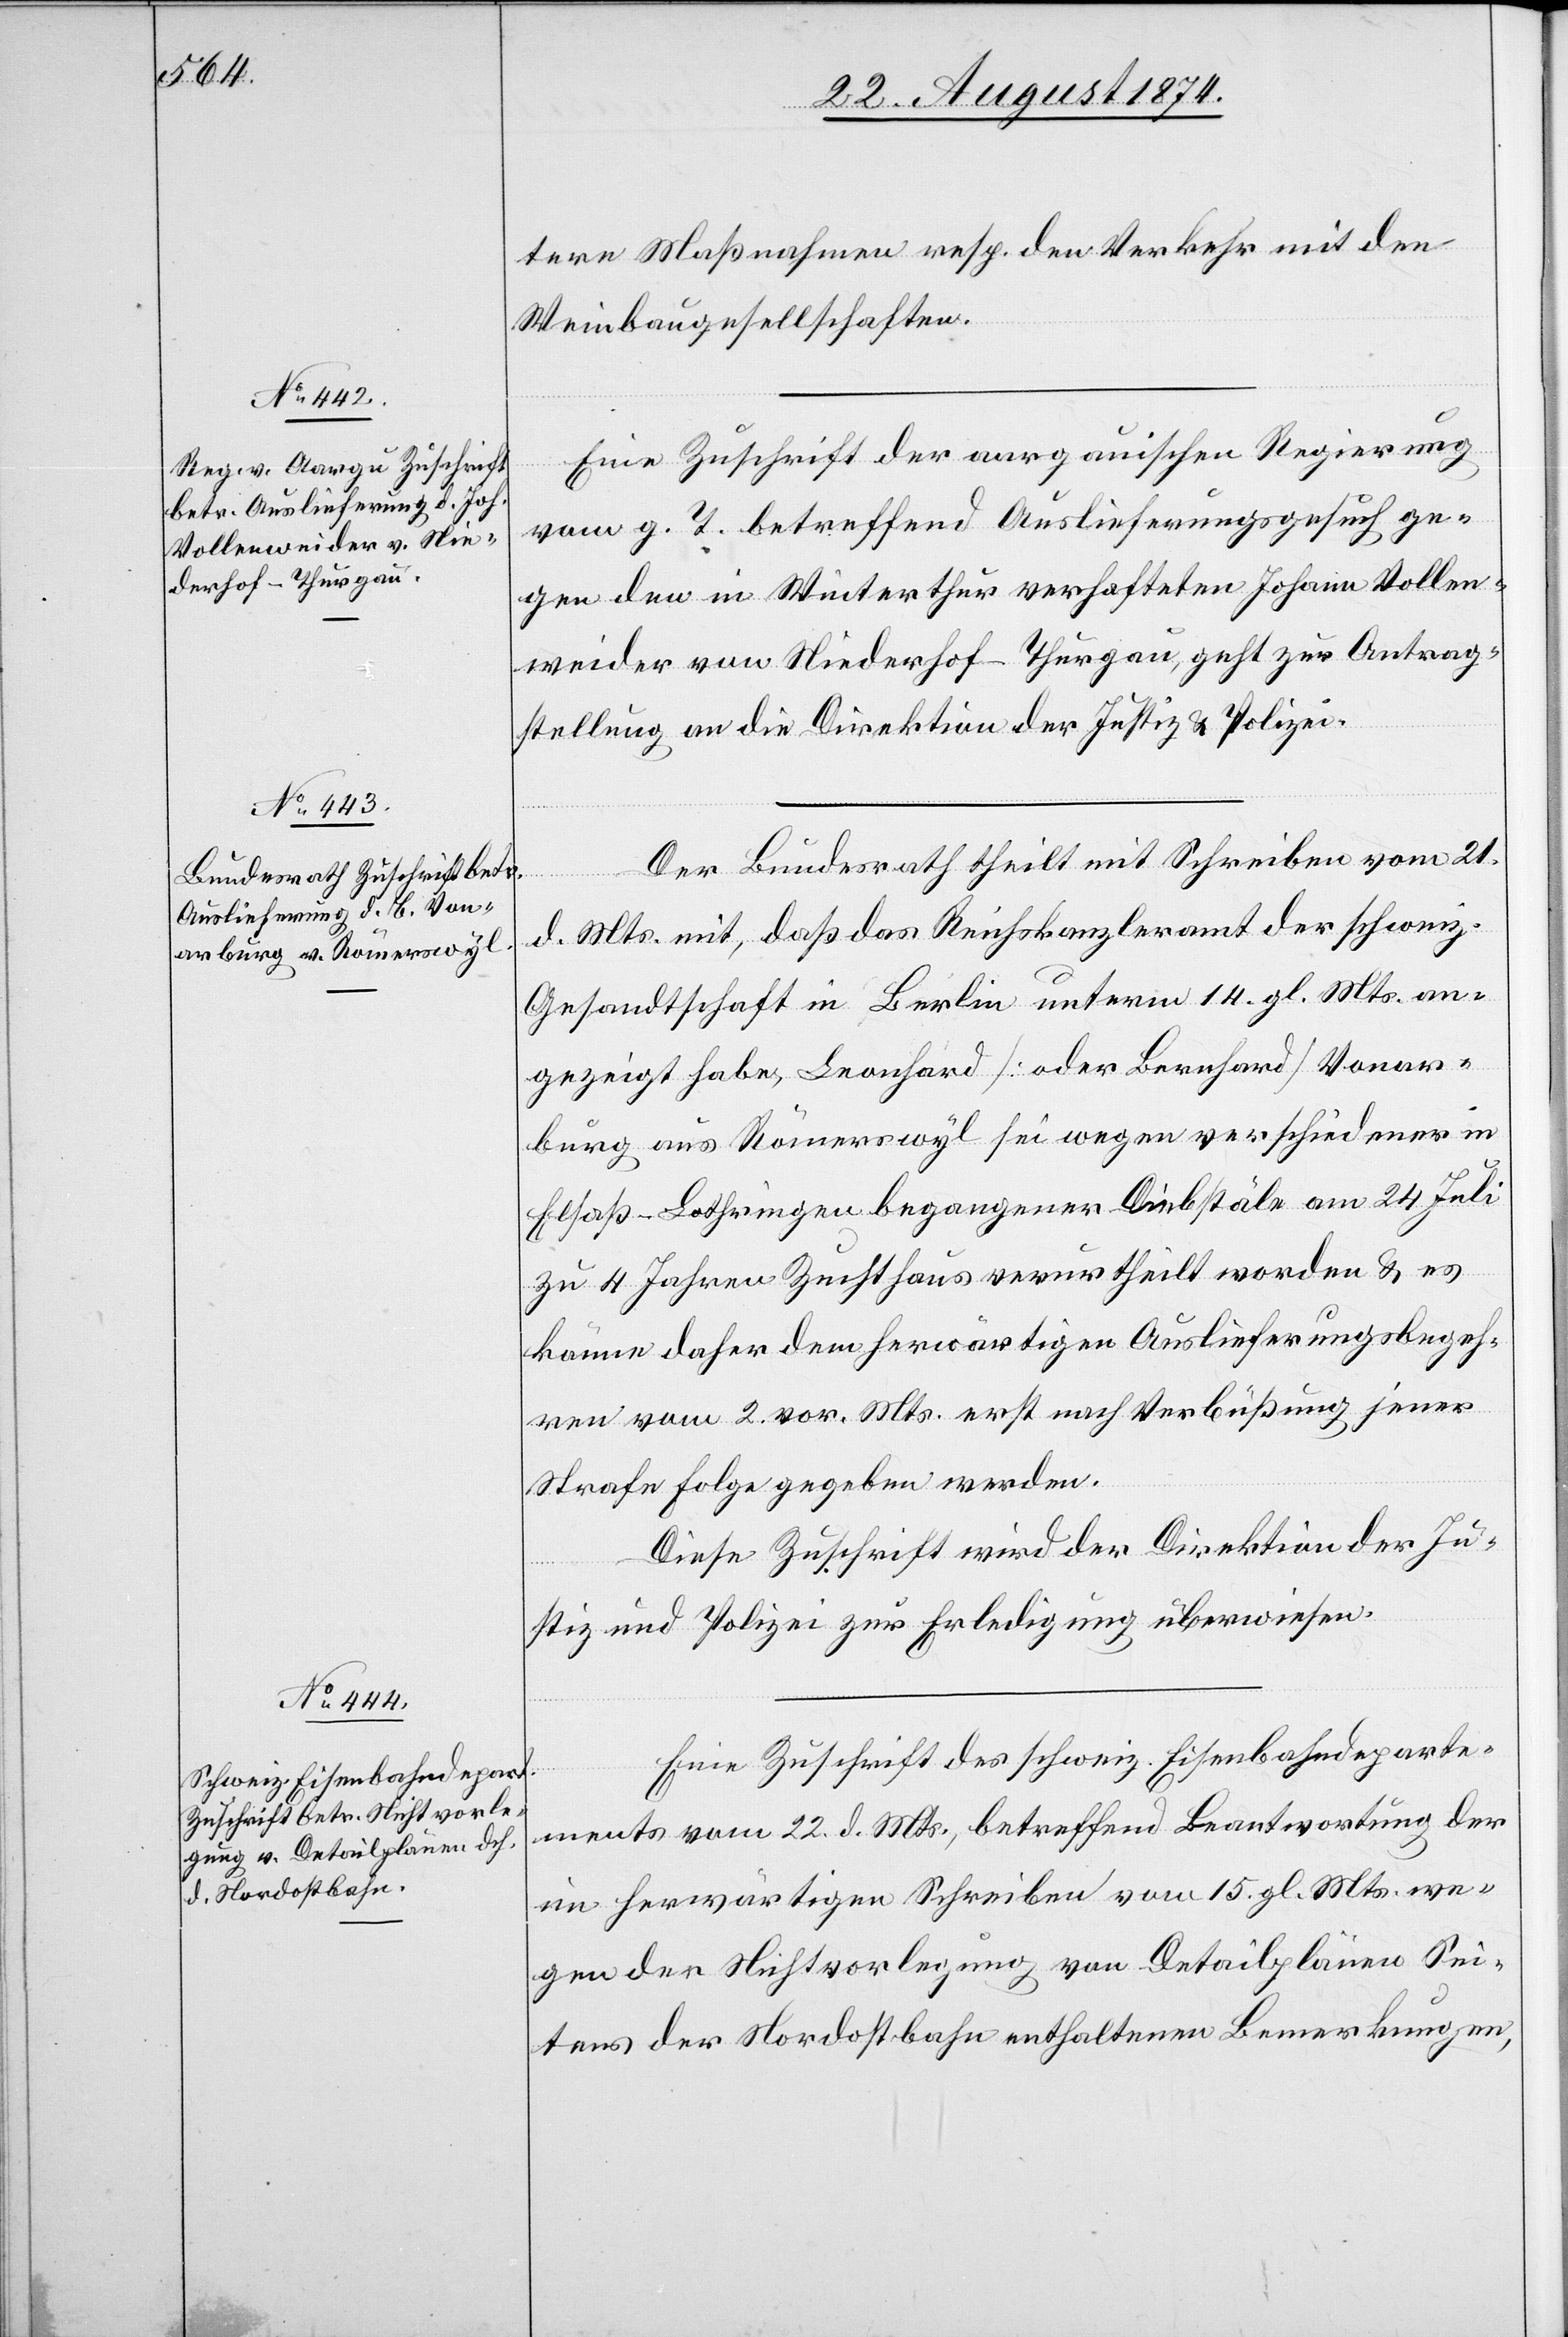
25. August 1874.]
tere Maßnahmen resp. den Verkehr mit den
Weinbaugesellschaften.
Eine Zuschrift der aargauischen Regierung
vom g. T. betreffend Auslieferungsgesuch ge¬
gen den in Winterthur verhafteten Johann Vollen¬
weider von Niederhof - Thurgau, geht zur Antrag¬
stellung an die Direktion der Justiz u. Polizei.
Der Bundesrath theilt mit Schreiben vom 21.
d. Mts. mit, daß das Reichskanzleramt der schweiz.
Gesandtschaft in Berlin unterm 14. gl. Mts. an¬
gezeigt habe, Leonhard [oder Bernhard] Vonar¬
burg aus Römerswyl sei wegen verschiedener in
Elsaß-Lothringen begangener Diebstäle am 24. Juli
zu 4 Jahren Zuchthaus verurtheilt worden u. es
könne daher dem herwärtigen Auslieferungsbegeh¬
ren vom 2. vor. Mts. erst nach Verbüßung jener
Strafe Folge gegeben werden.
Diese Zuschrift wird der Direktion der Ju¬
stiz und Polizei zur Erledigung überwiesen.
Eine Zuschrift des schweiz. Eisenbahndeparte¬
ments vom 22. d. Mts., betreffend Beantwortung der
im herwärtigen Schreiben vom 15. gl. Mts. we¬
gen der Nichtvorlegung von Detailplänen Sei¬
tens der Nordostbahn enthaltenen Bemerkungen,